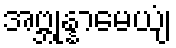
အဗ္ဘုန္နာမေယျံ